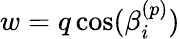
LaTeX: w=q\cos(\beta_{i}^{(p)})